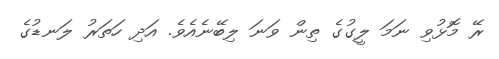
ރޭ މޮޅުވި ނަމަ ލީގުގެ ތިން ވަނަ ލިބޭނެއެވެ. އަދި ހަތަރު ލަނޑުގެ